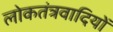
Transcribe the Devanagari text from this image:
लोकतंत्रवादियों